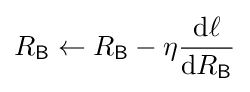
R_{\mathsf {B}}\leftarrow R_{\mathsf {B}}-\eta {\frac {{\textrm {d}}\ell }{{\textrm {d}}R_{\mathsf {B}}}}